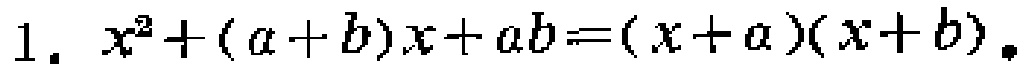
$1.\ x^{2}+(a + b)x + ab=(x + a)(x + b)$